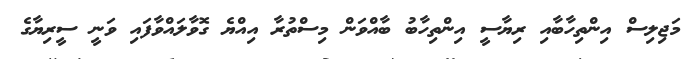
މަޖިލިސް އިންތިހާބާއި ރިޔާސީ އިންތިހާބު ބާއްވަން މިސްތުރާ އިއްޔެ ގޮވާލައްވާފައި ވަނީ ސީރިޔާގެ